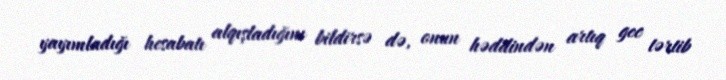
yayımladığı hesabatı alqışladığını bildirsə də, onun həddindən artıq gec tərtib